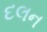
દલન